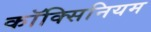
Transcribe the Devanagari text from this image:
कॉक्सिनियम